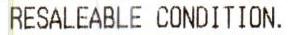
RESALEABLE CONDITION.